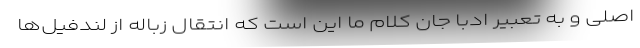
اصلی و به تعبیر ادبا جان کلام ما این است که انتقال زباله از لندفیل‌ها